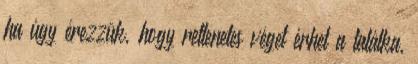
ha úgy érezzük, hogy rettenetes véget érhet a találka,